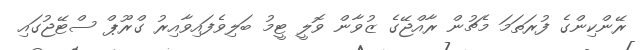
ރޭންކިންގެ ފުރަތަމަ މެޗުން ރާއްޖޭގެ ޒުވާން ވޮލީ ޓީމު ބަލިވެފައިވާއިރު ގްރޫޕް ސްޓޭޖުގައި